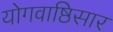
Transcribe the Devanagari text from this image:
योगवाष्ठिसार